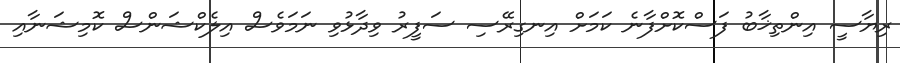
ރިޔާސީ އިންތިޚާބު ފަަސްކޮށްފާނެ ކަމަށް އިނގިރޭސި ސަފީރު ވިދާޅުވި ނަމަވެސް އިލެކްޝަންސް ކޮމިޝަނާއި